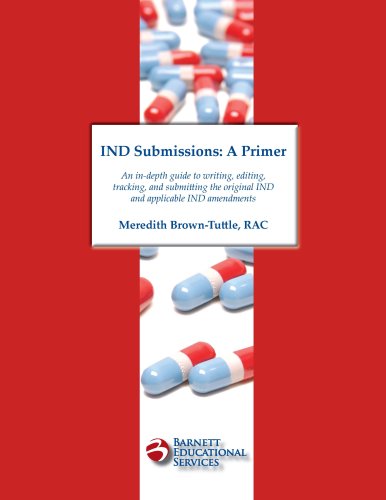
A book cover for IND Submissions: A Primer; Meredith Brown-Tuttle; Medical Books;